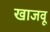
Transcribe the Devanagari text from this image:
खाजवू